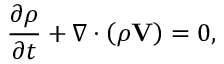
\frac { \partial \rho } { \partial t } + \nabla \cdot \left( \rho \mathbf { V } \right) = 0 ,